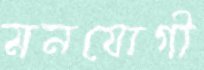
মনযোগী